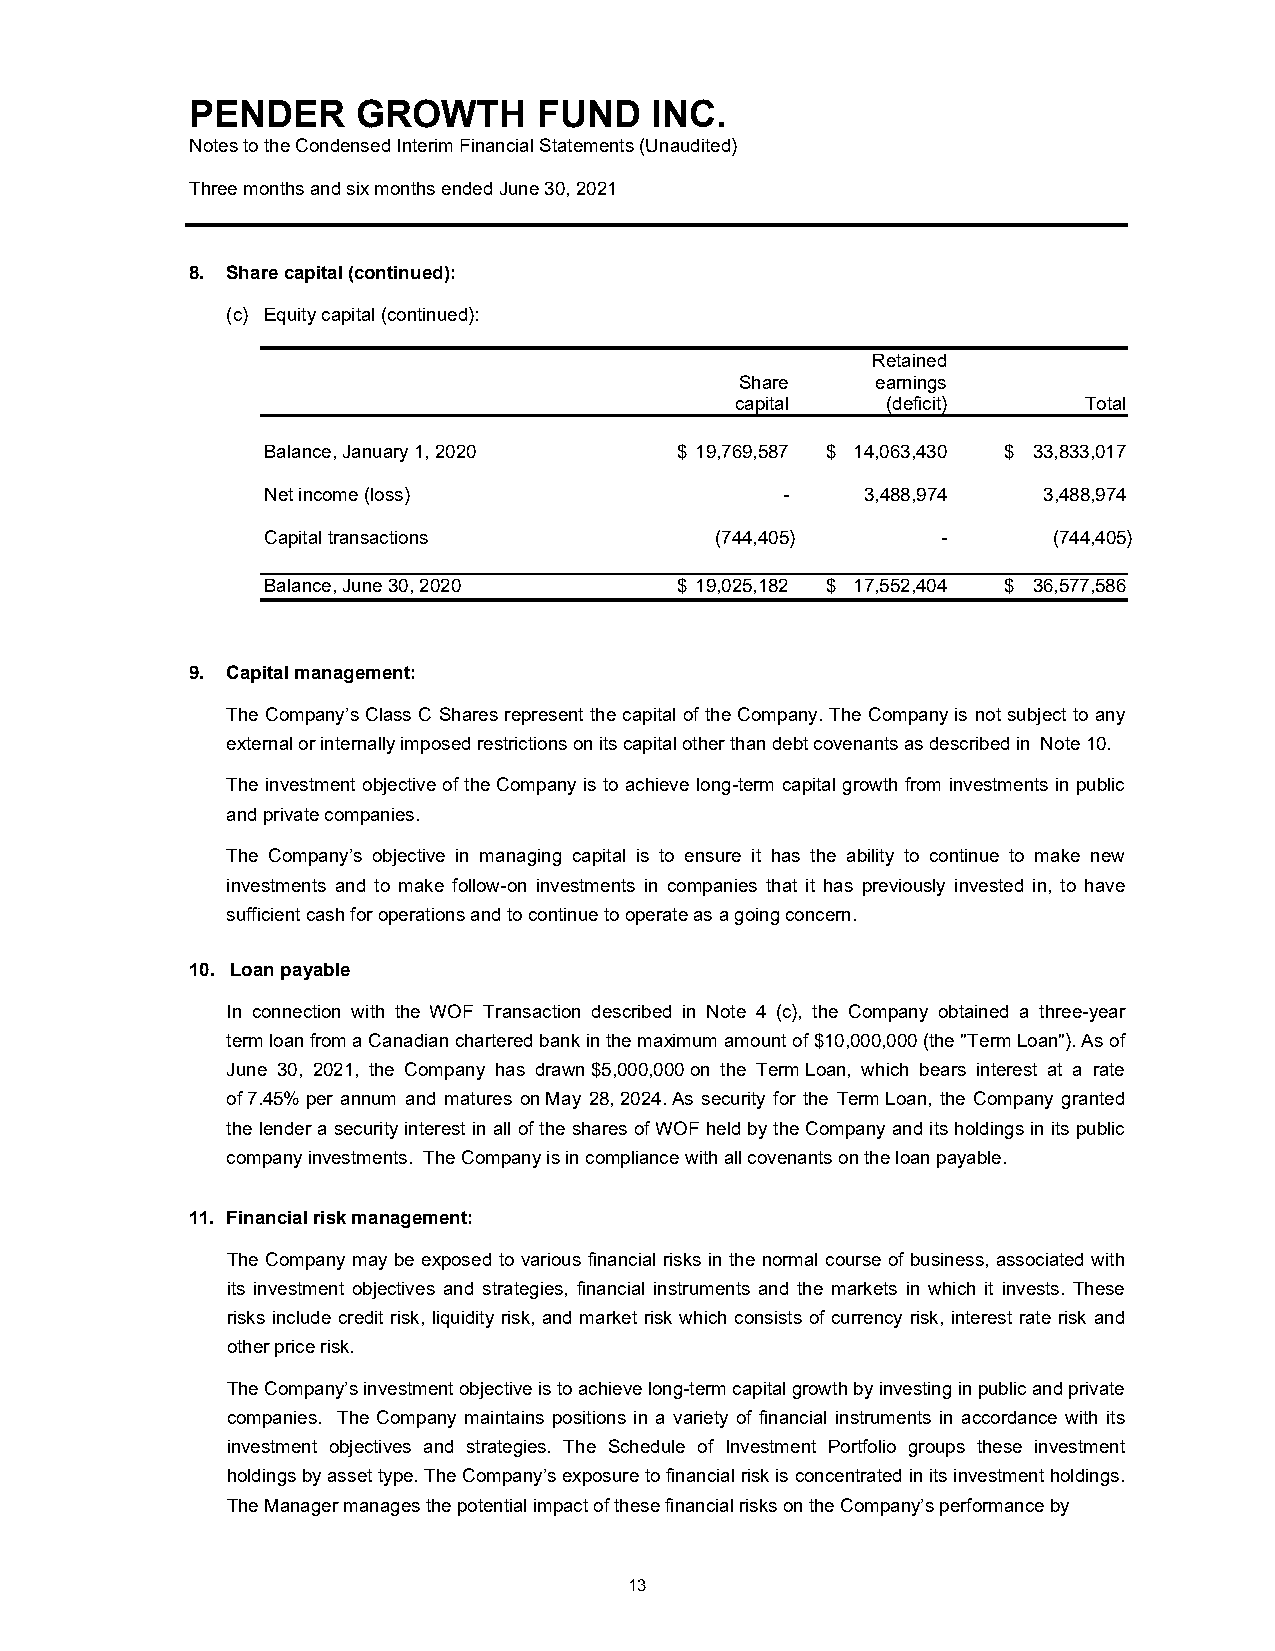
PENDER     GROWTH      FUND   INC.
 Notes to the Condensed Interim Financial Statements (Unaudited)
 Three months and six months ended June 30, 2021
 8. Share capital (continued):
 (c) Equity capital (continued):
 Retained
 Share    earnings
 capital   (deficit)    Total
 Balance, January 1, 2020    $ 19,769,587 $ 14,063,430 $ 33,833,017
 Net income (loss)                  -    3,488,974   3,488,974
 Capital transactions          (744,405)      -       (744,405)
 Balance, June 30, 2020      $ 19,025,182 $ 17,552,404 $ 36,577,586
 9. Capital management:
 The Company’s Class C Shares represent the capital of the Company. The Company is not subject to any
 external or internally imposed restrictions on its capital other than debt covenants as described in Note 10.
 The investment objective of the Company is to achieve long-term capital growth from investments in public
 and private companies.
 The Company’s objective in managing capital is to ensure it has the ability to continue to make new
 investments and to make follow-on investments in companies that it has previously invested in, to have
 sufficient cash for operations and to continue to operate as a going concern.
 10. Loan payable
 In connection with the WOF Transaction described in Note 4 (c), the Company obtained a three-year
 term loan from a Canadian chartered bank in the maximum amount of $10,000,000 (the "Term Loan"). As of
 June 30, 2021, the Company has drawn $5,000,000 on the Term Loan, which bears interest at a rate
 of 7.45% per annum and matures on May 28, 2024. As security for the Term Loan, the Company granted
 the lender a security interest in all of the shares of WOF held by the Company and its holdings in its public
 company investments. The Company is in compliance with all covenants on the loan payable.
 11. Financial risk management:
 The Company may be exposed to various financial risks in the normal course of business, associated with
 its investment objectives and strategies, financial instruments and the markets in which it invests. These
 risks include credit risk, liquidity risk, and market risk which consists of currency risk, interest rate risk and
 other price risk.
 The Company’s investment objective is to achieve long-term capital growth by investing in public and private
 companies. The Company maintains positions in a variety of financial instruments in accordance with its
 investment objectives and strategies. The Schedule of Investment Portfolio groups these investment
 holdings by asset type. The Company’s exposure to financial risk is concentrated in its investment holdings.
 The Manager manages the potential impact of these financial risks on the Company’s performance by
 13